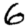
Digit: 6